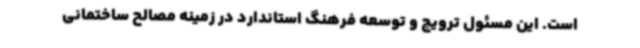
است. این مسئول ترویج و توسعه فرهنگ استاندارد در زمینه مصالح ساختمانی